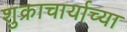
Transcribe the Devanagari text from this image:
शुक्राचार्याच्या